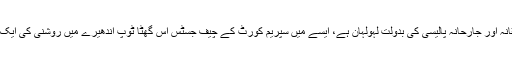
بلوچستان اس کی احمقانہ اور جارحانہ پالیسی کی بدولت لہولہان ہے، ایسے میں سپریم کورٹ کے چیف جسٹس اس گھٹا ٹوپ اندھیرے میں روشنی کی ایک کرن ثابت ہوئے ہیں۔